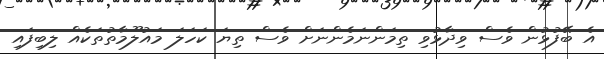
އެ ބޭފުޅުން ވެސް ވިދާޅުވި ތިމަންނަމެންނަށް ވެސް ތިޔަ ކަހަލަ މައުލޫމާތުތަކެއް ލިބިފައި